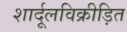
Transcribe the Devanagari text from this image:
शार्दूलविक्रीड़ित